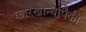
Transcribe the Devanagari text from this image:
कारखान्यापैकी